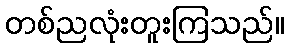
တစ်ညလုံးတူးကြသည်။